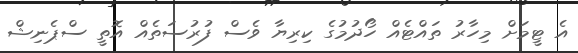
އެ ޓީމަށް މިހާރު ތައްޓެއް ހޯދުމުގެ ކިރިޔާ ވެސް ފުރުސަތެއް އޮތީ ސްޕެނިޝް